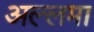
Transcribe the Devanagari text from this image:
अल्लमा